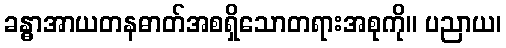
ခန္ဓာအာယတနဓာတ်အစရှိသောတရားအစုကို။ ပညာယ၊